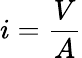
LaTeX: i={\frac{V}{A}}